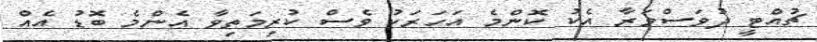
ޗުއްޓީ ދުވަސްވަރާ އެކު ކޮންމެ އަހަރަކު ވެސް ކުރިމަތިވާ އެންމެ ބޮޑު އެއް